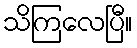
သိကြလေပြီ။